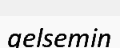
gelsemin